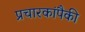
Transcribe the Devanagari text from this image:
प्रचारकांपैकी